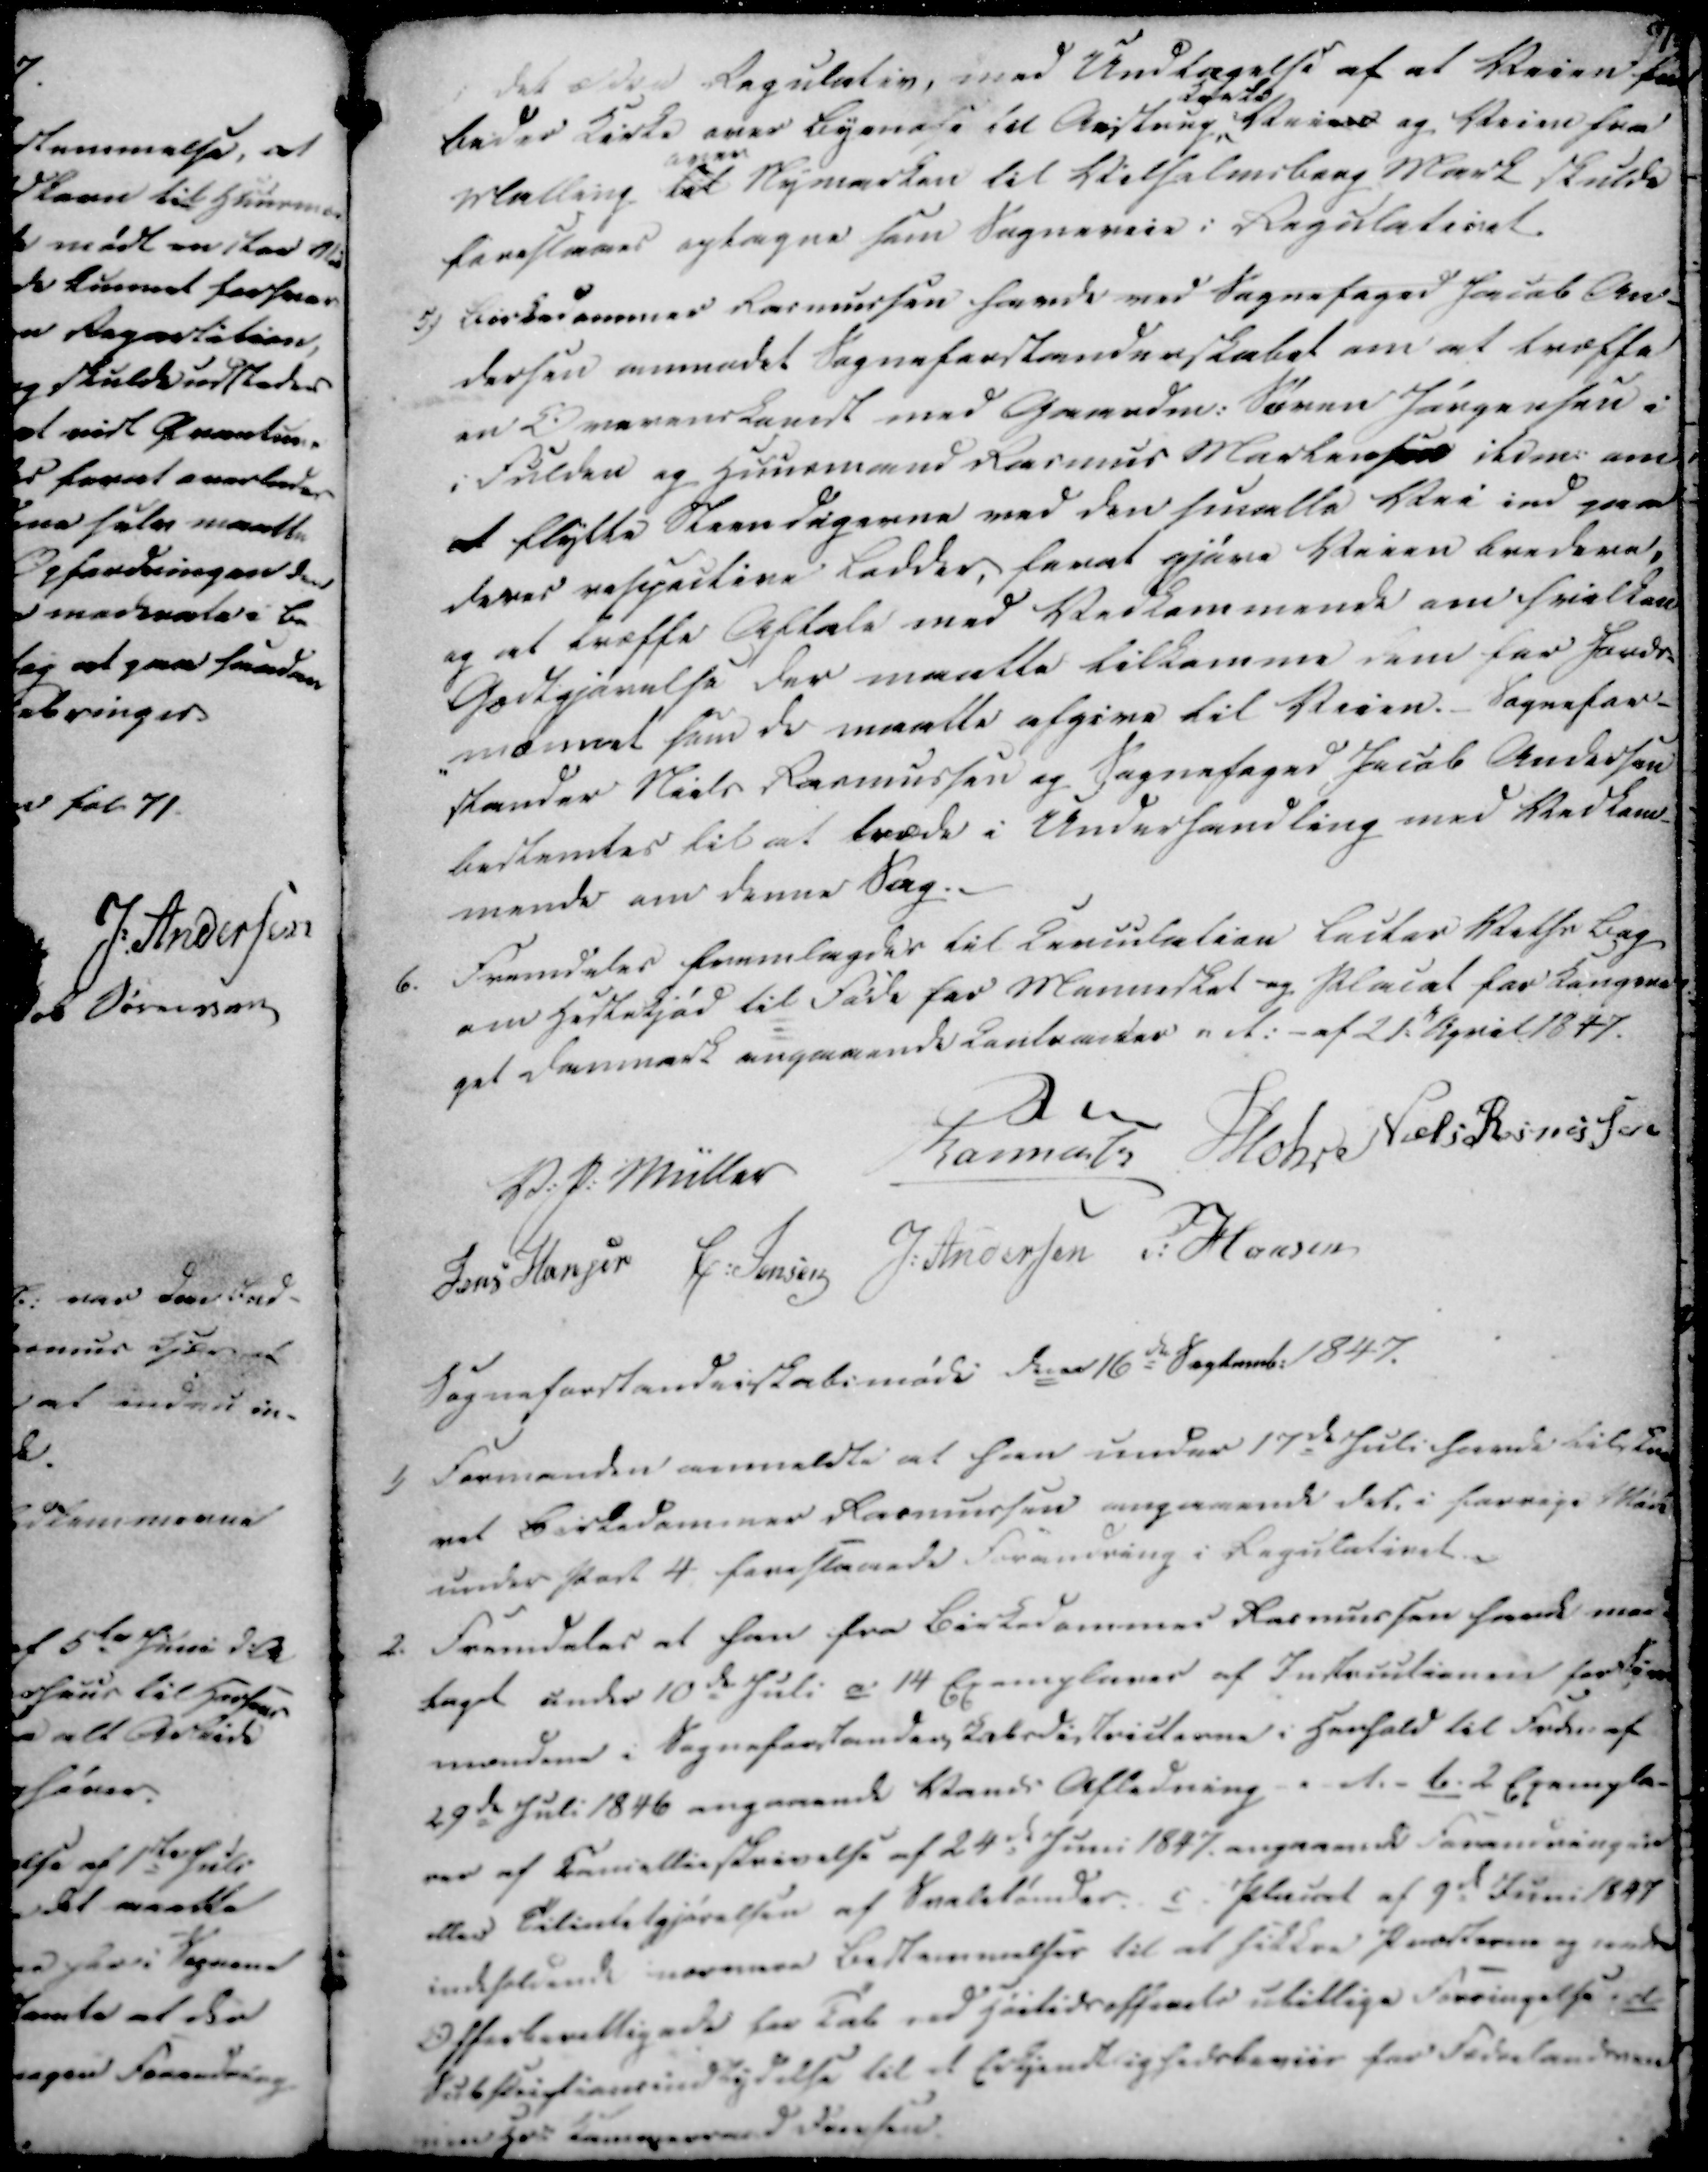
Transskription:
i det ældre Regulativ, med Undtagelse af at Veien fra
Beder Kirke over Bymose til Aistrup
kaaste
Veien og Veien fra
Malling til
over
Nymarken til Vilhelmsborg Mark skulde
forestaaes optagne som Sogneveie i Regulativet.
5) Birkedommer Rasmussen havde med Sognefoged Jacob An-
dersen anmodet Sogneforstanderskabet om at træffe
en Overenskomst med Gaardm. Søren Jørgensen i
i Fulden og Huusmand Rasmus Martensen ibim. om
at flytte Steendigerne ved den smalle Vei ind paa
deres respective Lodder, for at gjøre Veien bredere,
og at træffe Aftale med Vedkommende om hvilken
Godtgjørelse der maatte tilkomme dem for Jords-
-mænnet som de maatte afgive til Veien. Sognefor-
stander Niels Rasmussen og Sognefoged Jacob Andersen
bestemtes til at træde i Underhandling med Vedkom-
mende om denne Sag.

6. Fremdeles fremlagdes til Circulation Laites Velhs Bog
om Hestekjød til Føde for Mannesket og Placal for Kongeri-
get Danmark angaaende Lantrander net. - af 21.d April 1847.
V. P. Müller
Karmats
Mohr
Niels Rasmussen
Jens Hansen
C. Jensen
J. Andersen
P. Hansen
Sogneforstanderskabsmøde den 16de Septemb. 1847.

1) Formanden anmeldte at han under 17de Juli havde tilskre
vet Birkedommer Rasmussen angaaende det i forrige Møde
under Part 4 foreslaaede Forandring i Regulativet.
2. Fremdeles at han fra Birkedommer Rasmussen havde mod
taget under 10de Juli c 14 Exemplarer af Instructionen for Søm
mændene i Sogneforstanderskabsdistricterne i Henhold til Frdn. af
29de Juli 1846 angaaende Vands Afledning - A. b. 2 Exempla-
rer af Cancellieskrivelse af 24de Juni 1847 angaaende Forandringen
eller Tilintetgjørelsen af Svalelunder c Placat af 9de Juni 1847
indeholdende nærmere Bestemmelser til at sikkre Præsterne og under
Offerberettigede for Tab ved høitidsofferets utillige Forringelse. d
Subflugtions indflydelse til et Erkjendtlighedsbeviis for Foderlandnen
unher kamperred Forsten.